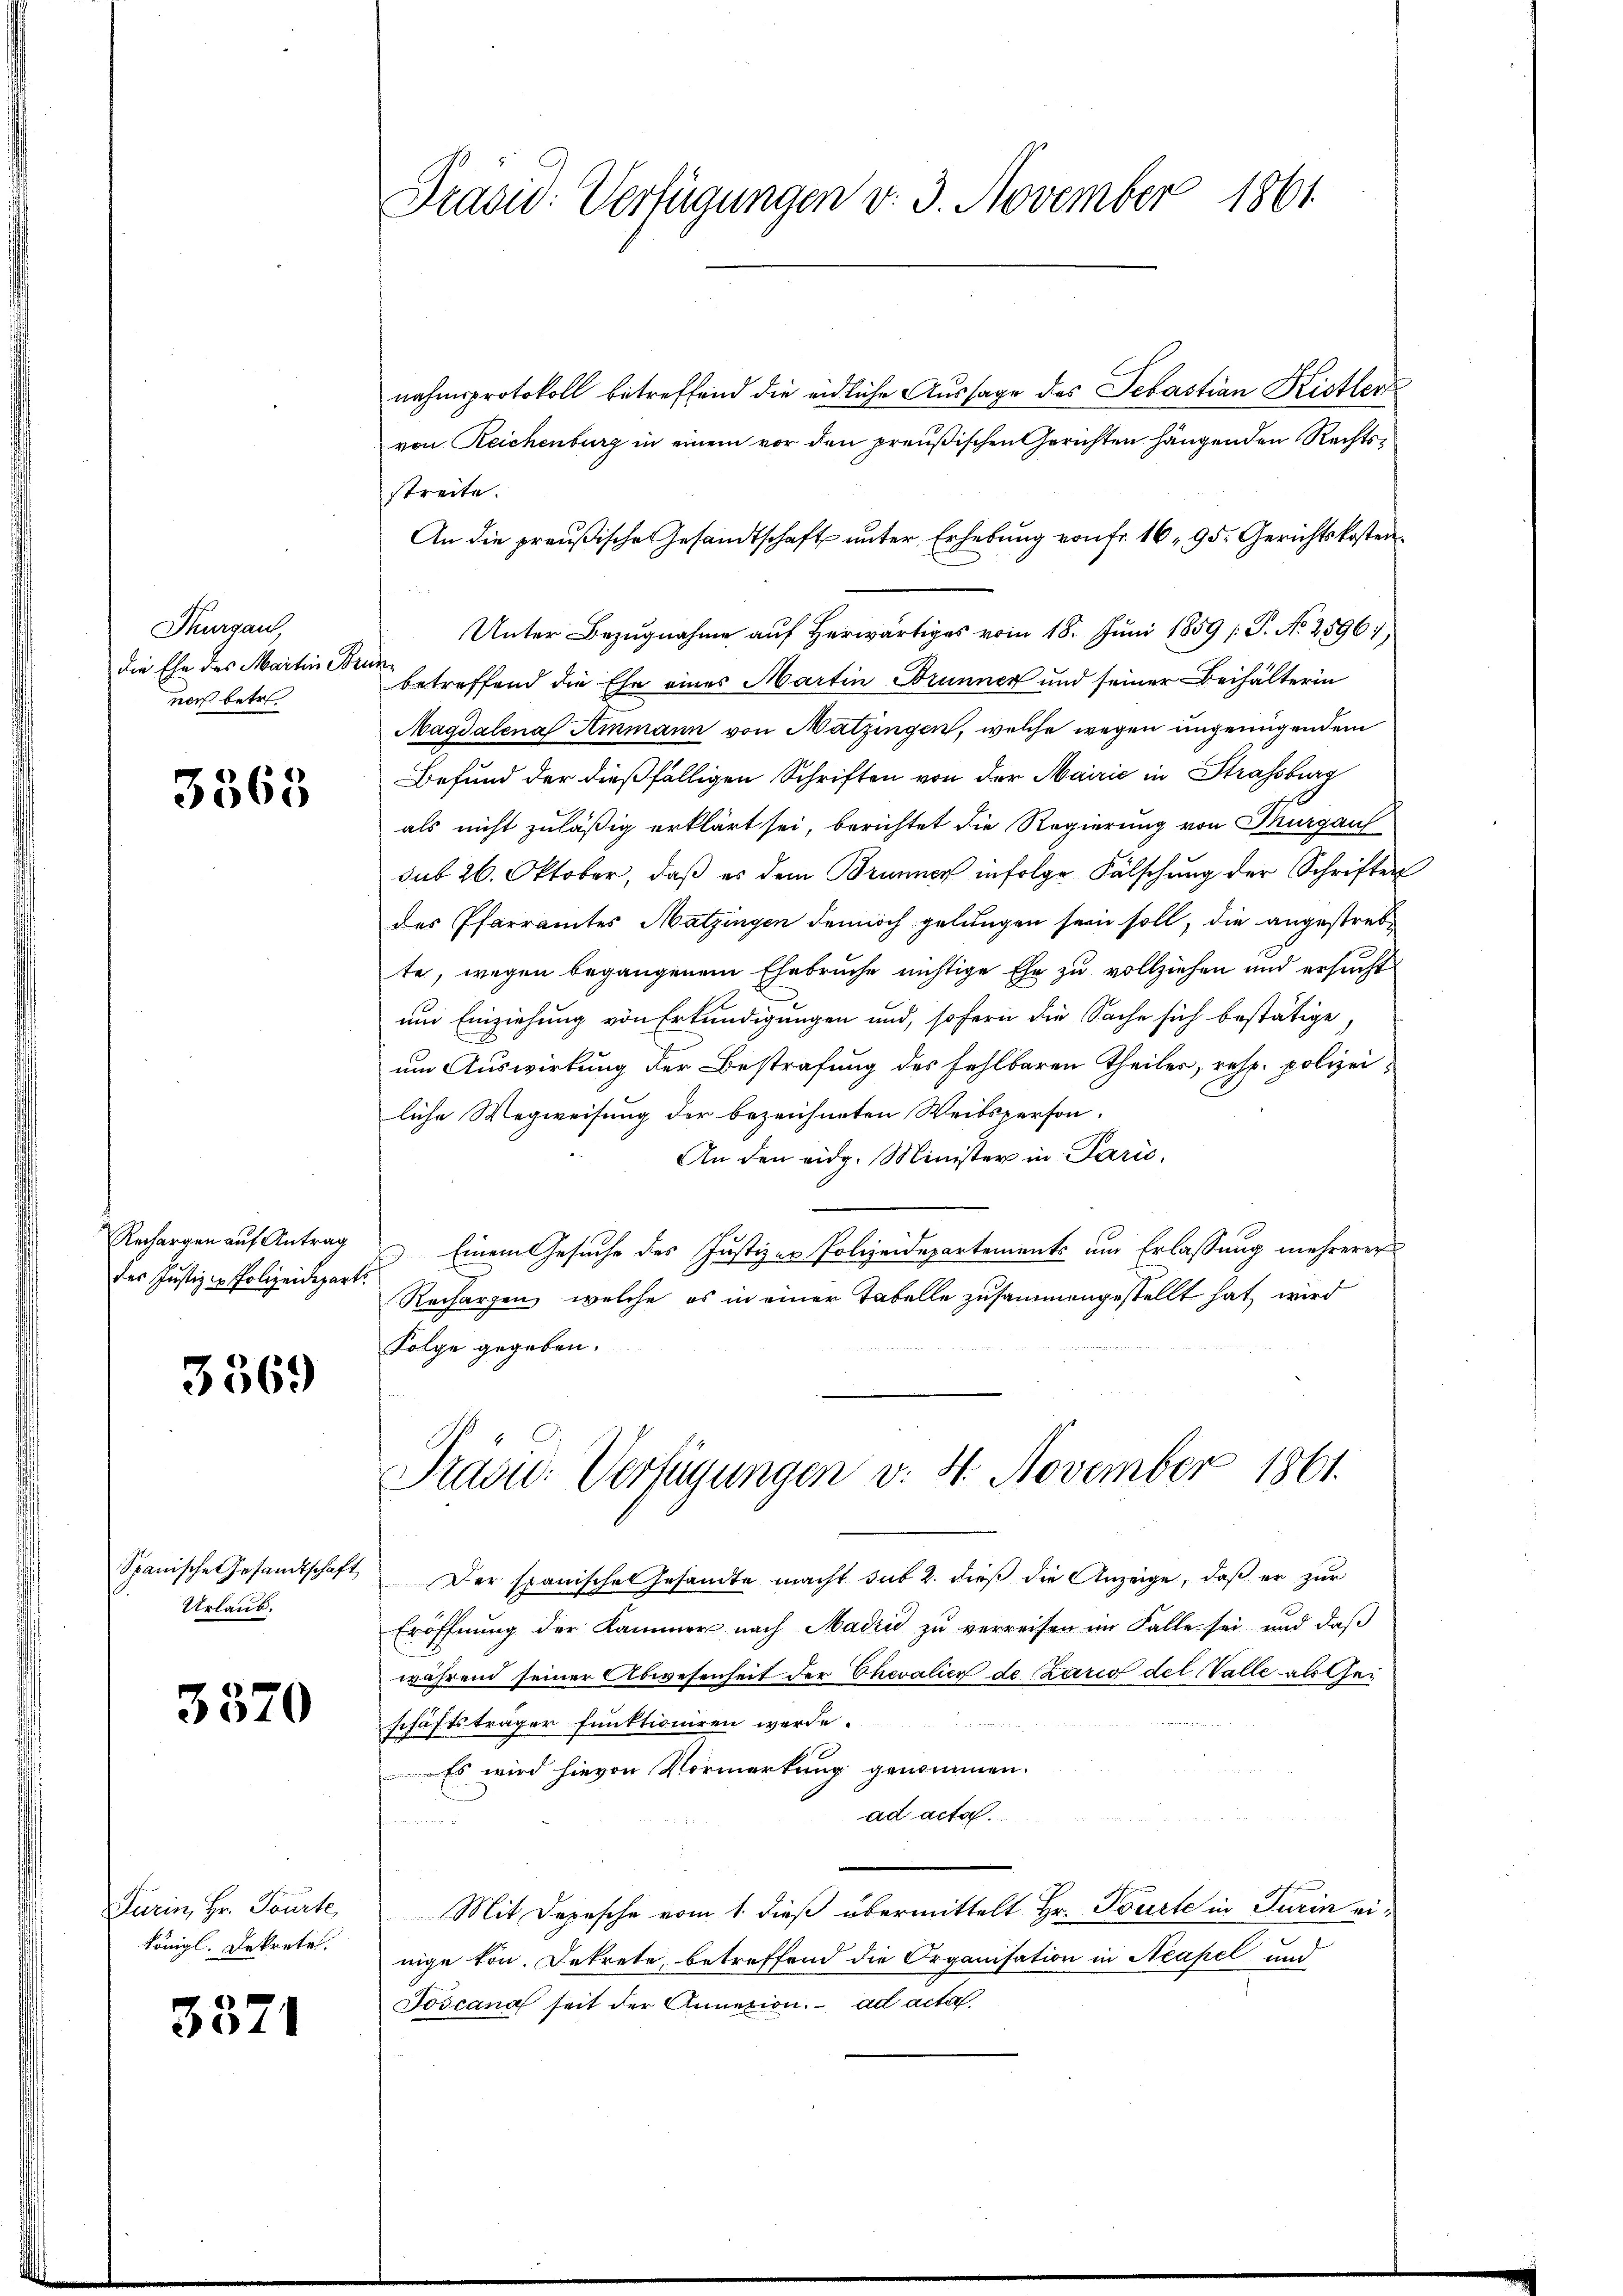
Thurgau,
die Ehe des Martin Br
noch betr

3568

Rechargen auf Antrag
des Justiz - Polizeidepart

3369

Spanische Gesandtschaft
Urlaub.

3370

Turin, Hr. Tourte
königl. Dekretär.

3571

Präsid: Verfügungen v. 3. November 1861

nahmsprotokoll betreffend die eidliche Aussage des Sebastian Kistler
von Reichenburg in einem vor den preußischen Gerichten hängenden Rechtsstreite.
An die preußische Gesandtschaft unter Erhebung von fr. 16, 95. Gerichtskosten¬
 2
Unter Bezugnahme auf herwärtiges vom 18. Juni 1859 (T. No. 2596,
af
betreffend die Ehe eines Martin Brunner und seiner Beihälterin
Magdalena Ammann von Matzingen, welche wegen ungenügendem
Befund der dießfälligen Schriften von der Mairić in Strassburg
als nicht zuläßig erklärt sei, berichtet die Regierung von Murgauf
dut 26. Oktober, daß es dem Brunner infolge Fälschung der Schriften
des Pfarramtes Matzingen dennoch gelungen sein soll, die angestrebte, wegen begangenem Ehebruche nichtige Ehe zu vollziehen und ersucht
um Einziehung von Erkundigungen und, sofern die Sache sich bestätige
um Auswirkung der Bestrafung des fehlbaren Theiler, resp. polizeiliche Wegweisung der bezeichneten Weibsperson-
An den eidg. Minister in Paris,
 Einem Gesuche des Justizer Polizeidepartements um Erlassung mehrerer
Rechargen, welche es in einer Tabelle zusammengestellt hat, wird
Folge gegeben.
Präsid-Verfügungen v. 4. November 1861.
Der spanisches Gesandte macht sub 2. dieß die Anzeige, daß er zur
Eröffnung der Kammer nach Madrid zu verreisen im Falle sei und daβ
während seiner Abwesenheit der Chevalier de Kario del Valle als Geschäftsträger funktioniren werde.
Es wird hievon Vormerkung genommen.
ad acta.
Mit Depesche vom 1. dieß übermittelt Hr. Tourte in Turin einige von. Dekrete, betreffend die Organisation in Neapel und
Toscana seit der Annation. ad acta